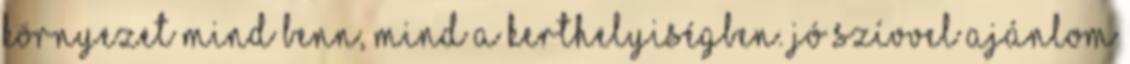
környezet mind benn, mind a kerthelyiségben. Jó szívvel ajánlom